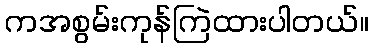
ကအစွမ်းကုန်ကြဲထားပါတယ်။